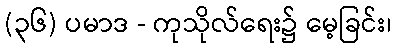
(၃၆) ပမာဒ - ကုသိုလ်ရေး၌ မေ့ခြင်း၊